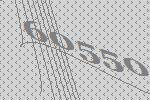
60550